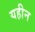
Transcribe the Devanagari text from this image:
यहीन